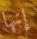
إنها